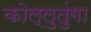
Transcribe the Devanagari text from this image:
कोल्लुतुंगा